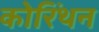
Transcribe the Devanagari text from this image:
कोरिंथन